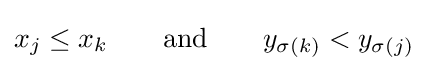
x_{j}\leq x_{k}\qquad {\text{and}}\qquad y_{\sigma (k)}<y_{\sigma (j)}